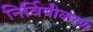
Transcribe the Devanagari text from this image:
निर्विषीकरण